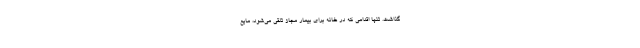
گذاشت. تنها اقدامی که در خانه برای بیمار مجاز تلقی می‌شود،‌ مایع